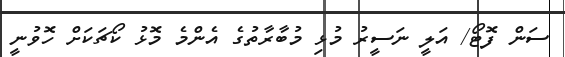
ސަން ފޮޓޯ/ އަލީ ނަސީރު މުޅި މުބާރާތުގެ އެންމެ މޮޅު ކޯޗަކަށް ހޮވުނީ